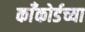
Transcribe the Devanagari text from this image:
काँकोर्डच्या